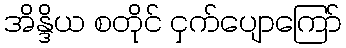
အိန္ဒိယ စတိုင် ငှက်ပျောကြော်